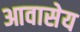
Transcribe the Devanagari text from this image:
आवासेय